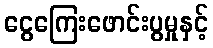
ငွေကြေးဖောင်းပွမှုနှင့်